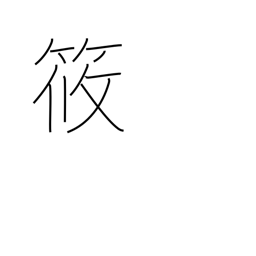
Meaning: diminutive in person's name